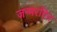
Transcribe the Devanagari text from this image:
जन्मरहित